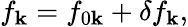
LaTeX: f_{\mathbf{k}}=f_{0\mathbf{k}}+\delta f_{\mathbf{k}},